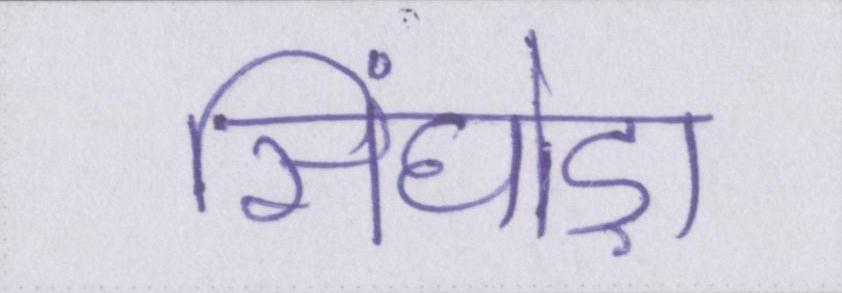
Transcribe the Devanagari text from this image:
सिंघोड़ा